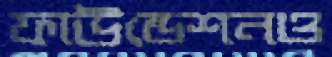
ফাউন্ডেশনও